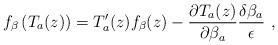
LaTeX: \begin{align*}f_\beta \left( T_a(z)\right) =T'_a(z)f_\beta (z)-\frac{\partial T_a(z)}{\partial \beta _a}\frac{\delta \beta _a}{\epsilon }\ ,\end{align*}